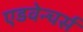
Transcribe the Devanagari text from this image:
एडवेन्चर्स